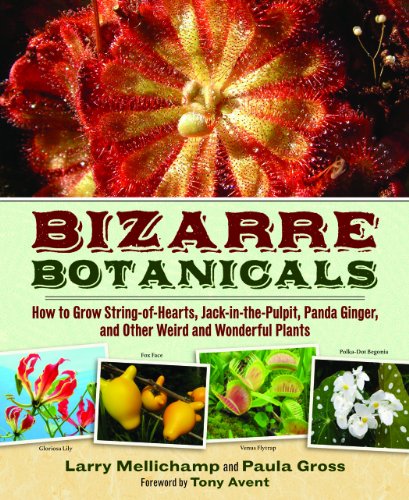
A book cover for Bizarre Botanicals: How to Grow String-of-Hearts, Jack-in-the-Pulpit, Panda Ginger, and Other Weird and Wonderful Plants; Paula Gross; Crafts, Hobbies & Home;